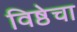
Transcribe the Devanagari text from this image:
विष्ठेचा